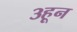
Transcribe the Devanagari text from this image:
३हून